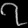
Digit: ၇